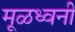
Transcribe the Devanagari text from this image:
मूळध्वनी